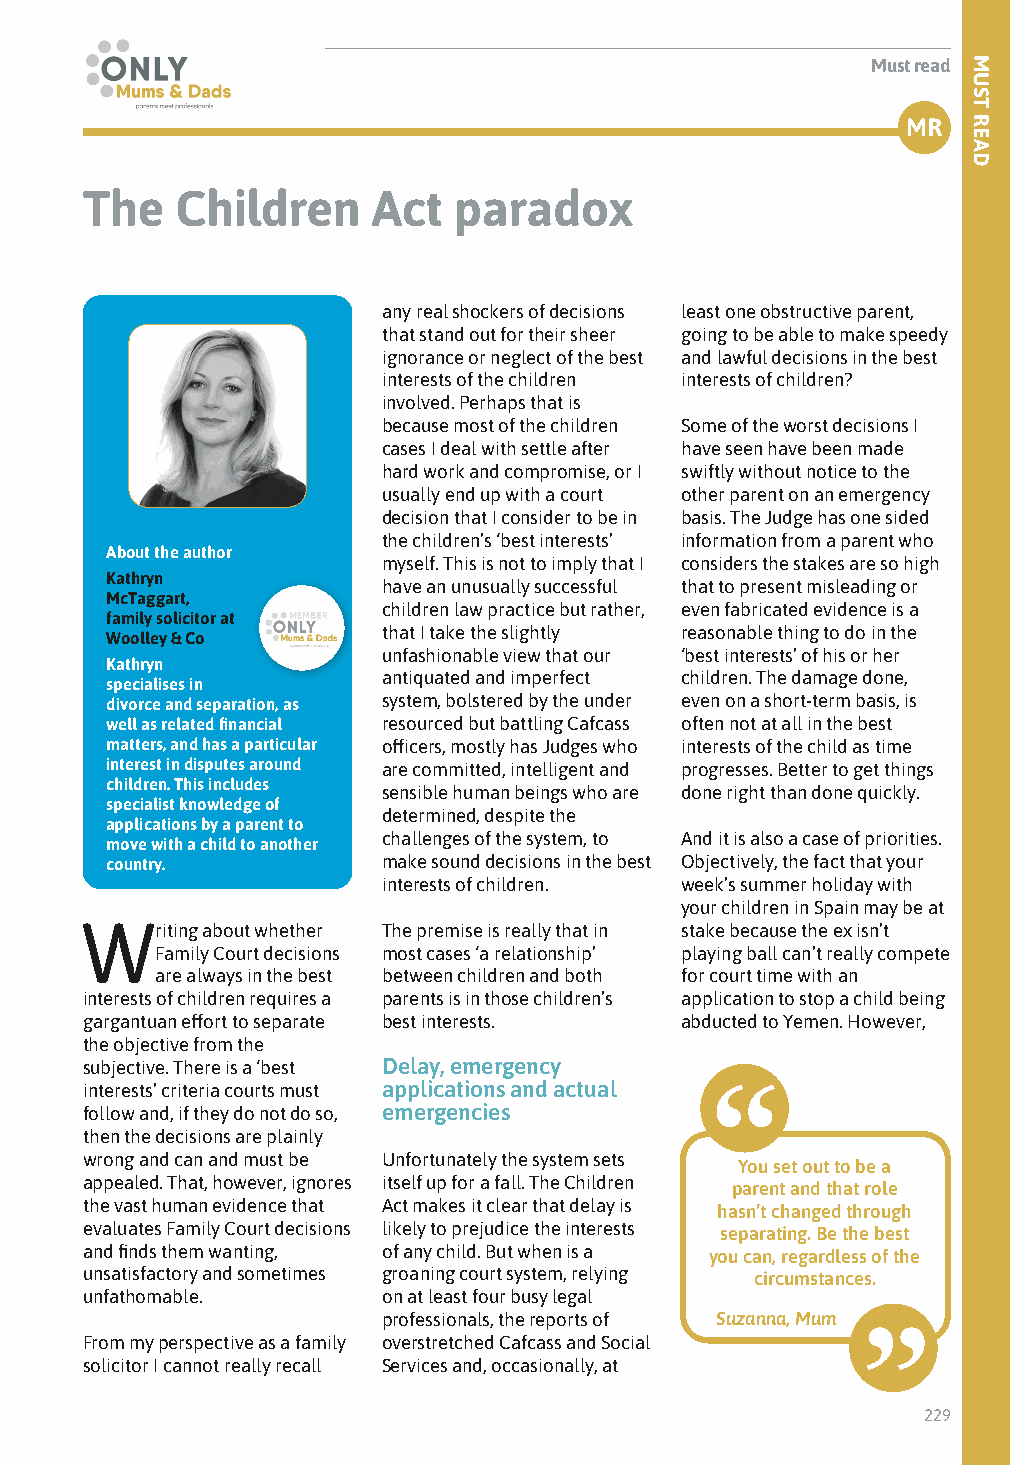
Must read
 MR
 The    Children     Act  paradox
 any real shockers of decisions least one obstructive parent,
 that stand out for their sheer going to be able to make speedy
 ignorance or neglect of the best and lawful decisions in the best
 interests of the children interests of children?
 involved. Perhaps that is
 because most of the children Some of the worst decisions I
 cases I deal with settle after have seen have been made
 hard work and compromise, or I swiftly without notice to the
 usually end up with a court other parent on an emergency
 decision that I consider to be in basis. The Judge has one sided
 the children’s ‘best interests’ information from a parent who
 About the author
 myself. This is not to imply that I considers the stakes are so high
 Kathryn
 have an unusually successful that to present misleading or
 McTaggart,
 children law practice but rather, even fabricated evidence is a
 family solicitor at
 that I take the slightly reasonable thing to do in the
 Woolley & Co
 unfashionable view that our ‘best interests’ of his or her
 Kathryn
 antiquated and imperfect children. The damage done,
 specialises in
 divorce and separation, as system, bolstered by the under even on a short-term basis, is
 well as related financial resourced but battling Cafcass often not at all in the best
 matters, and has a particular officers, mostly has Judges who interests of the child as time
 interest in disputes around are committed, intelligent and progresses. Better to get things
 children. This includes
 sensible human beings who are done right than done quickly.
 specialist knowledge of
 determined, despite the
 applications by a parent to
 challenges of the system, to And it is also a case of priorities.
 move with a child to another
 country.          make sound decisions in the best Objectively, the fact that your
 interests of children. week’s summer holiday with
 your children in Spain may be at
 Writing about whether The premise is really that in stake because the ex isn’t
 Family Court decisions most cases ‘a relationship’ playing ball can’t really compete
 are always in the best between children and both for court time with an
 interests of children requires a parents is in those children’s application to stop a child being
 gargantuan effort to separate best interests. abducted to Yemen. However,
 the objective from the
 subjective. There is a ‘best Delay, emergency
 interests’ criteria courts must applications and actual
 follow and, if they do not do so, emergencies
 then the decisions are plainly
 wrong and can and must be Unfortunately the system sets
 You set out to be a
 appealed. That, however, ignores itself up for a fall. The Children
 parent and that role
 the vast human evidence that Act makes it clear that delay is
 hasn’t changed through
 evaluates Family Court decisions likely to prejudice the interests separating. Be the best
 and finds them wanting, of any child. But when is a you can, regardless of the
 unsatisfactory and sometimes groaning court system, relying circumstances.
 unfathomable.       on at least four busy legal
 professionals, the reports of Suzanna, Mum
 From my perspective as a family overstretched Cafcass and Social
 solicitor I cannot really recall Services and, occasionally, at
 229
 MUST
 READ